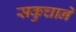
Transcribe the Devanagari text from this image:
सकुचाने